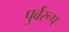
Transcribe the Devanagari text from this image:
पुर्वरूप